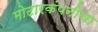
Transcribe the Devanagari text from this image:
मोटारकंपनीचा